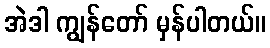
အဲဒါ ကျွန်တော် မှန်ပါတယ်။